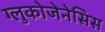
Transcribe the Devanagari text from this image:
ग्लुकोजेनेसिस